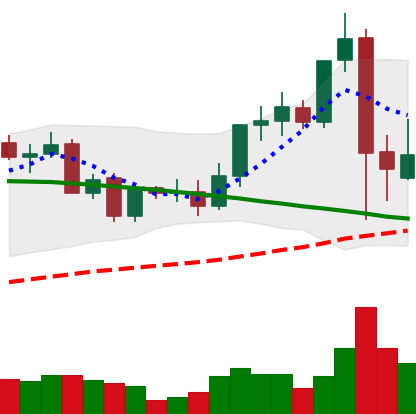
Ticker: LINK-USD
Chart end date: 2021-09-09
Forward return: 9.892%
Label: up_7plus